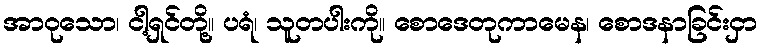
အာဝုသော၊ ငါ့ရှင်တို့။ ပရံ၊ သူတပါးကို။ စောဒေတုကာမေန၊ စောဒနာခြင်းငှာ